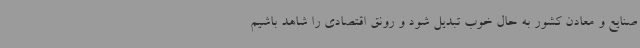
صنایع و معادن کشور به حال خوب تبدیل شود و رونق اقتصادی را شاهد باشیم